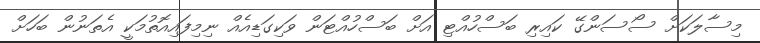
މިސާލަކަށް ސޯސަންގޭ ކައިރި ބަސްހުއްޓި އަށް ބަސްހުއްޓަން ވަކިގަޑިއެއް ނިމިފައިއޮތުމަކީ އެތަނުން ބަހަށް